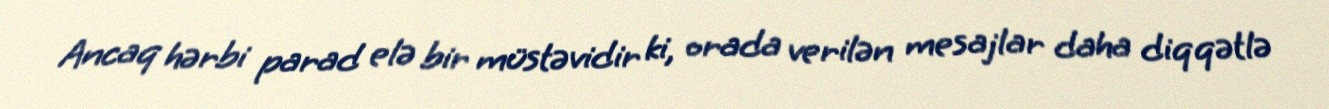
Ancaq hərbi parad elə bir müstəvidir ki, orada verilən mesajlar daha diqqətlə